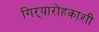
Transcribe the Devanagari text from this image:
गिऱ्यारोहकाशी